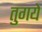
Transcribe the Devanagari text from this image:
तुगये